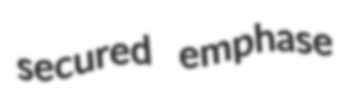
secured emphase